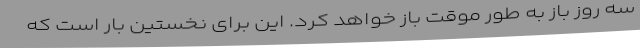
سه روز باز به طور موقت باز خواهد کرد. این برای نخستین بار است که